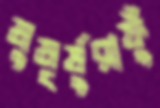
মুমূর্ষুরাফুঁ